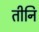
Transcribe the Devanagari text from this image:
तीनि